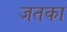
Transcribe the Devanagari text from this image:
जतका